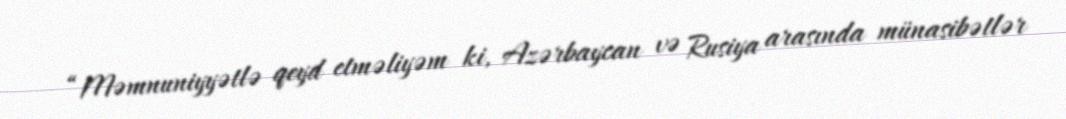
“Məmnuniyyətlə qeyd etməliyəm ki, Azərbaycan və Rusiya arasında münasibətlər